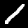
Label: 1